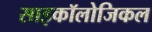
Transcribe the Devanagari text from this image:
साइकॉलोजिकल